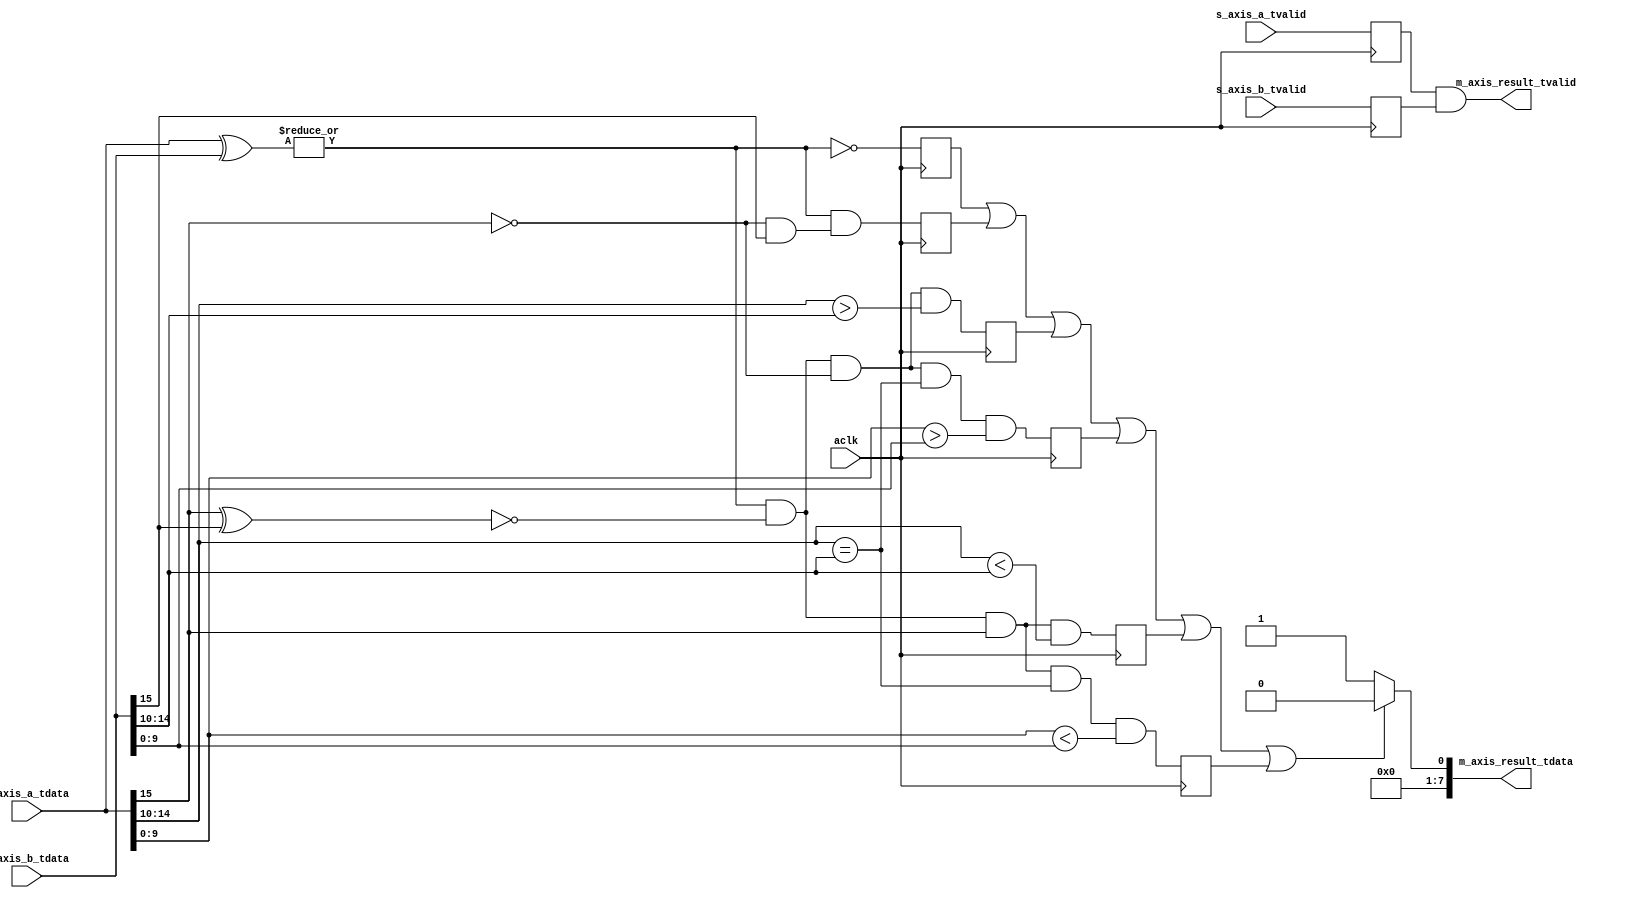
//////////////////////////////////////////////////////////////////////////////////
// Company: 
// 
// Design Name: 
// Module Name: fpu_add
// Project Name: FPU_16
// Target Devices: KCU105
// Tool Versions: 
// Description: 
// 
// Dependencies: 
// 
// Revision:
// Revision 1.01 - File Created
// Additional Comments:
// 
//////////////////////////////////////////////////////////////////////////////////
module fpu_comp_small(
    input aclk,
    input [15:0] s_axis_a_tdata,               // input 16-bit float A
    input [15:0] s_axis_b_tdata,               // input 16-bit float B
    input s_axis_a_tvalid,
    input s_axis_b_tvalid,
    output [7:0] m_axis_result_tdata,              // output 16-bit float sum
    output reg m_axis_result_tvalid
    // output [1:0] error_num          // flag to show result non-number, 1 for INF \2 for NAN
    );

    // ===================================
    // distribute sign/exponent/mantissa
    wire opa_s;
    wire opb_s;
    wire [4:0] opa_e;
    wire [4:0] opb_e;
    wire [4:0] opa_e_s;
    wire [4:0] opb_e_s;
    wire [10:0] opa_m;
    wire [10:0] opb_m;
    wire [15:0] opa_0;
    wire [15:0] opb_0;
    reg [15:0] opa_1;
    reg [15:0] opb_1;
    wire is_valid_ain_0, is_valid_bin_0;
    reg is_valid_ain_1, is_valid_bin_1;
    reg is_ready_out;
    reg [1:0] error_num;
    assign opa_s = s_axis_a_tdata[15];
    assign opb_s = s_axis_b_tdata[15];

    assign opa_e = s_axis_a_tdata[14:10];
    assign opb_e = s_axis_b_tdata[14:10];

    assign opa_m = s_axis_a_tdata[9:0];
    assign opb_m = s_axis_b_tdata[9:0];
    assign opa_0 = s_axis_a_tdata;
    assign opb_0 = s_axis_b_tdata;
    assign is_valid_ain_0 = s_axis_a_tvalid;
    assign is_valid_bin_0 = s_axis_b_tvalid;

    // find s_axis_a_tdata large than s_axis_b_tdata
    wire a_e_b = ~(| (s_axis_a_tdata ^ s_axis_b_tdata));
    wire s_a_g_b = (~opa_s) & opb_s;
    wire s_a_e_b = ~(opa_s ^ opb_s);
    wire e_a_g_b = (opa_e > opb_e);
    wire e_a_l_b = (opa_e < opb_e);
    wire e_a_e_b = (opa_e == opb_e);
    wire m_a_g_b = (opa_m > opb_m);
    wire m_a_l_b = (opa_m < opb_m);
    reg con1;
    reg con2;
    reg con3;
    reg con4;
    reg con5;
    reg con6;

    always@(posedge aclk)begin
        con1 <= a_e_b;
        con2 <= ~a_e_b & s_a_g_b;
        con3 <= ~a_e_b & s_a_e_b & (~opa_s) & e_a_g_b;
        con4 <= ~a_e_b & s_a_e_b & (~opa_s) & e_a_e_b & m_a_g_b;
        con5 <= ~a_e_b & s_a_e_b & opa_s & e_a_l_b;
        con6 <= ~a_e_b & s_a_e_b & opa_s & e_a_e_b & m_a_l_b;     
        opa_1 <= opa_0;
        opb_1 <= opb_0;   
        is_valid_ain_1 <= is_valid_ain_0;
        is_valid_bin_1 <= is_valid_bin_0;
        // is_ready_out <= 0;
    end


    assign m_axis_result_tdata = (con1 | con2 | con3 | con4 | con5 | con6) ? 8'b00000000 : 8'b00000001;
    always@(m_axis_result_tdata)begin
        // is_ready_out = 1;
        m_axis_result_tvalid = is_valid_ain_1 & is_valid_bin_1;
        is_ready_out = m_axis_result_tvalid;
    end

endmodule